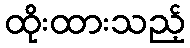
ထိုးထားသည့်